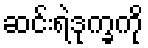
ဆင်းရဲဒုက္ခကို